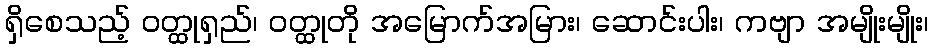
ရှိစေသည့် ဝတ္ထုရှည်၊ ဝတ္ထုတို အမြောက်အမြား၊ ဆောင်းပါး၊ ကဗျာ အမျိုးမျိုး၊